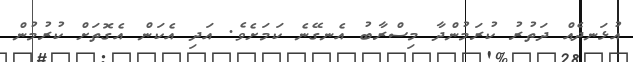
އުޅަނދެއް ދަތުރު ކުރަމުންދާ މިސްރާބު އެނގޭނެ ކަމަށެވެ. އަދި އެކަން އެގޮތަށް ކުރުމުން